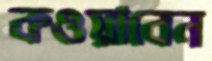
কওয়াবেন